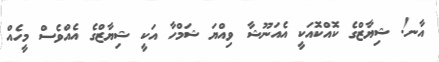
އާނ! ޝިޔާޒްގެ ކޮއްކޮއަކީ އެއަނޫޝާ ވިއްޔަ ޝަމްހާ އަކީ ޝިޔާޒްގެ އެއްވެސް މީހެއް